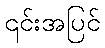
၎င်းအပြင်